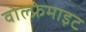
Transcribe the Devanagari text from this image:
वोल्फ्रेमाइट